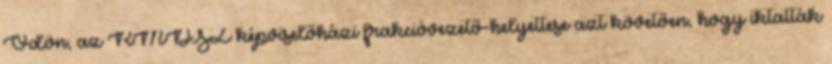
Ödön, az RMDSZ képviselőházi frakcióvezető-helyettese azt követően, hogy iktatták